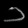
Digit: ၁